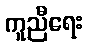
ကူညီရေး